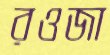
রওজা